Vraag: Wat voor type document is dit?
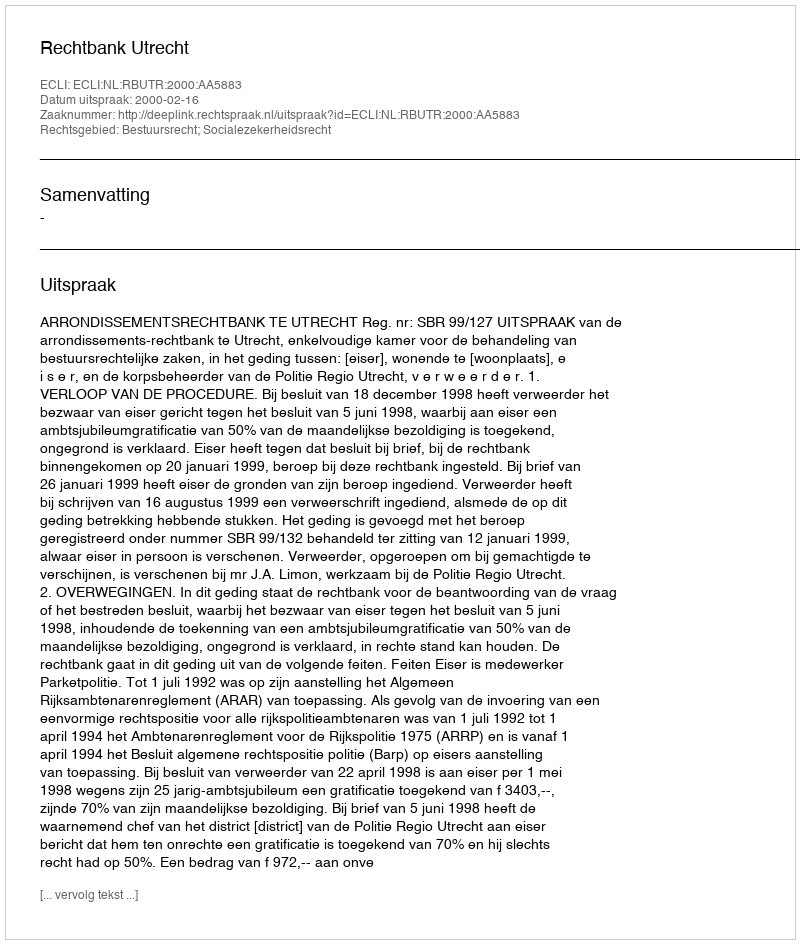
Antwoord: Uitspraak